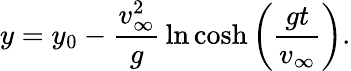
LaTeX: y=y_{0}-{\frac{v_{\infty}^{2}}{g}}\ln\cosh\left({\frac{gt}{v_{\infty}}}\right).